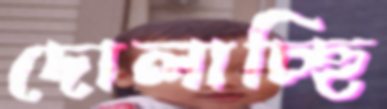
দোলাচ্ছি